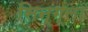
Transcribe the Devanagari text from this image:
सिन्ग्ला